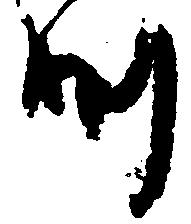
つ